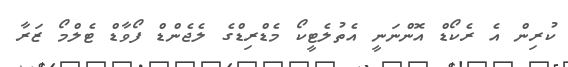
ކުރިން އެ ރެކޯޑް އޮންނަނީ އެތުލެޓީކޯ މެޑްރިޑްގެ ލެޖެންޑް ފޯވާޑް ޓެލްމޯ ޒަރާ